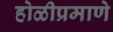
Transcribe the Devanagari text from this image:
होळीप्रमाणे